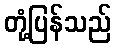
တုံ့ပြန်သည်